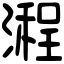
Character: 𣽿